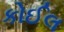
કોઈલ